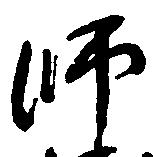
師